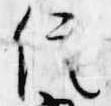
信